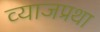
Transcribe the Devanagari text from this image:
व्याजप्रथा